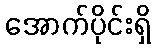
အောက်ပိုင်းရှိ